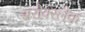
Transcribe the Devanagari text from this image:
सरोवरलेक